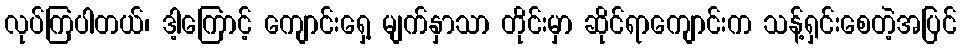
လုပ်ကြပါတယ်၊ ဒါ့ကြောင့် ကျောင်းရှေ့ မျက်နှာသာ တိုင်းမှာ ဆိုင်ရာကျောင်းက သန့်ရှင်းစေတဲ့အပြင်